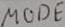
Text: MODE